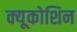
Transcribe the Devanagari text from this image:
क्यूकोशिन